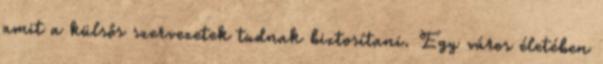
amit a külsős szervezetek tudnak biztosítani. Egy város életében